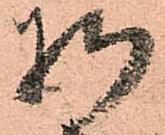
将